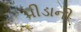
પીડાની